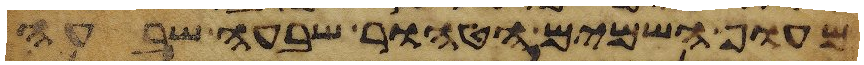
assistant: מעוף השמים הטהור שבעה שבעה